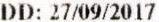
DD: 27/09/2017